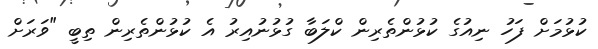
ކުޅުމަށް ފަހު ނިއުގެ ކުޅުންތެރިން ކްލަބާ ގުޅުނުއިރު އެ ކުޅުންތެރިން ތިބީ "ވަރަށް